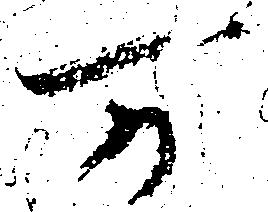
万